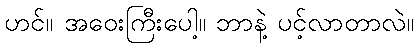
ဟင်။ အဝေးကြီးပေါ့။ ဘာနဲ့ ပင့်လာတာလဲ။